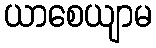
ယာစေယျာမ